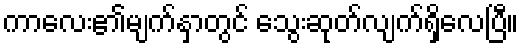
ကာလေး၏မျက်နှာတွင် သွေးဆုတ်လျက်ရှိလေပြီ။